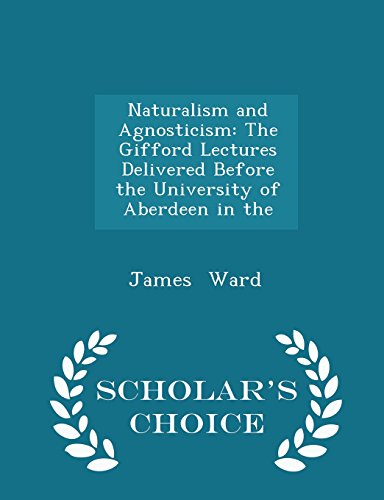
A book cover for Naturalism and Agnosticism: The Gifford Lectures Delivered Before the University of Aberdeen in the - Scholar's Choice Edition; James Ward; Literature & Fiction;